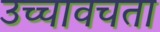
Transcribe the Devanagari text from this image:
उच्चावचता